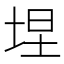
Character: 㘿